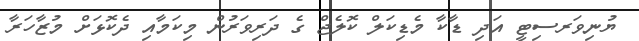
ޔުނިވަރސިޓީ އަދި ޑާކާ މެޑިކަލް ކޮލެޖް ގެ ދަރިވަރުން މިކަމާއި ދެކޮޅަށް މުޒާހަރާ